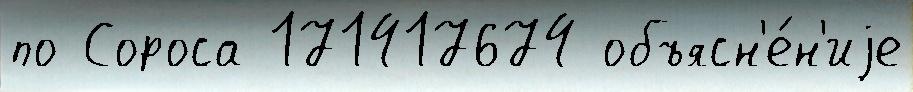
по Сороса 171417674 объясн'е́н'иjе